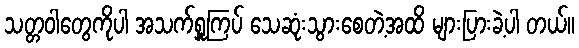
သတ္တဝါတွေကိုပါ အသက်ရှူကြပ် သေဆုံးသွားစေတဲ့အထိ များပြားခဲ့ပါ တယ်။